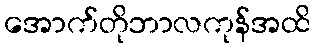
အောက်တိုဘာလကုန်အထိ